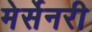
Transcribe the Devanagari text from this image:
मेर्सेनरी